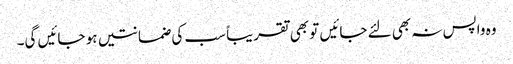
وہ واپس نہ بھی لئے جائیں تو بھی تقریباً سب کی ضمانتیں ہو جائیں گی۔